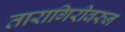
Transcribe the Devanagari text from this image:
तारागिरीवरुन